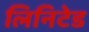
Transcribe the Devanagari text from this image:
लिनिटेड